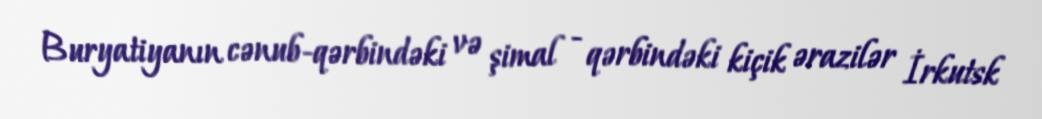
Buryatiyanın cənub-qərbindəki və şimal - qərbindəki kiçik ərazilər İrkutsk